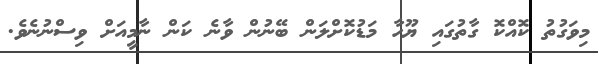
މިވަގުތު ކޮއްކޮ ގާތުގައި ޔޫހާ މަޑުކޮށްލަން ބޭނުން ވާނެ ކަން ނާމީއަށް ވިސްނުނެވެ.